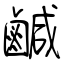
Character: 鹹